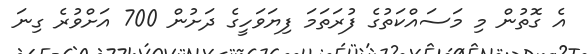
އެ ގޮތުން މި މަސައްކަތުގެ ފުރަތަމަ ފިޔަވަހީގެ ދަށުން 700 އަށްވުރެ ގިނަ